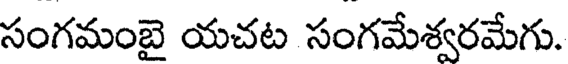
సంగమంబై యచట సంగమేశ్వరమేగు.